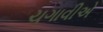
ચગાવીએ